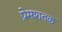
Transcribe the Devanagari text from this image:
प्रेमशतक